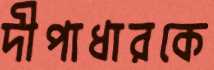
দীপাধারকে